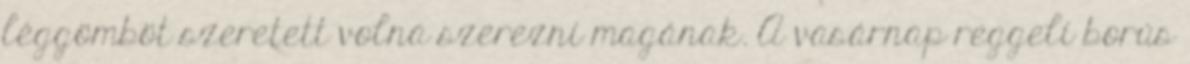
léggömböt szeretett volna szerezni magának. A vasárnap reggeli borús